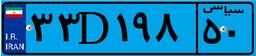
۳۳D۱۹۸۵۰